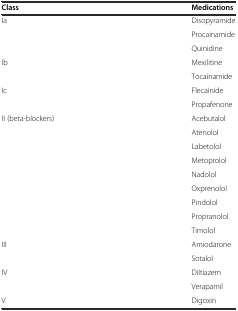
<table><thead><tr><td><b>Class</b></td><td><b>Medications</b></td></tr></thead><tbody><tr><td>Ia</td><td>Disopyramide</td></tr><tr><td></td><td>Procainamide</td></tr><tr><td></td><td>Quinidine</td></tr><tr><td>Ib</td><td>Mexilitine</td></tr><tr><td></td><td>Tocainamide</td></tr><tr><td>Ic</td><td>Flecainide</td></tr><tr><td></td><td>Propafenone</td></tr><tr><td>II (beta-blockers)</td><td>Acebutalol</td></tr><tr><td></td><td>Atenolol</td></tr><tr><td></td><td>Labetolol</td></tr><tr><td></td><td>Metoprolol</td></tr><tr><td></td><td>Nadolol</td></tr><tr><td></td><td>Oxprenolol</td></tr><tr><td></td><td>Pindolol</td></tr><tr><td></td><td>Propranolol</td></tr><tr><td></td><td>Timolol</td></tr><tr><td>III</td><td>Amiodarone</td></tr><tr><td></td><td>Sotalol</td></tr><tr><td>IV</td><td>Diltiazem</td></tr><tr><td></td><td>Verapamil</td></tr><tr><td>V</td><td>Digoxin</td></tr></tbody></table>